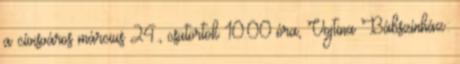
a cívisváros március 24., csütörtök 10.00 óra, Vojtina Bábszínház: